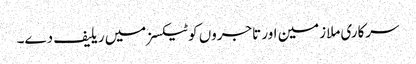
سرکاری ملازمین اور تاجروں کو ٹیکسز میں ریلیف دے۔